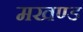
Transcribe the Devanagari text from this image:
मखण्ड